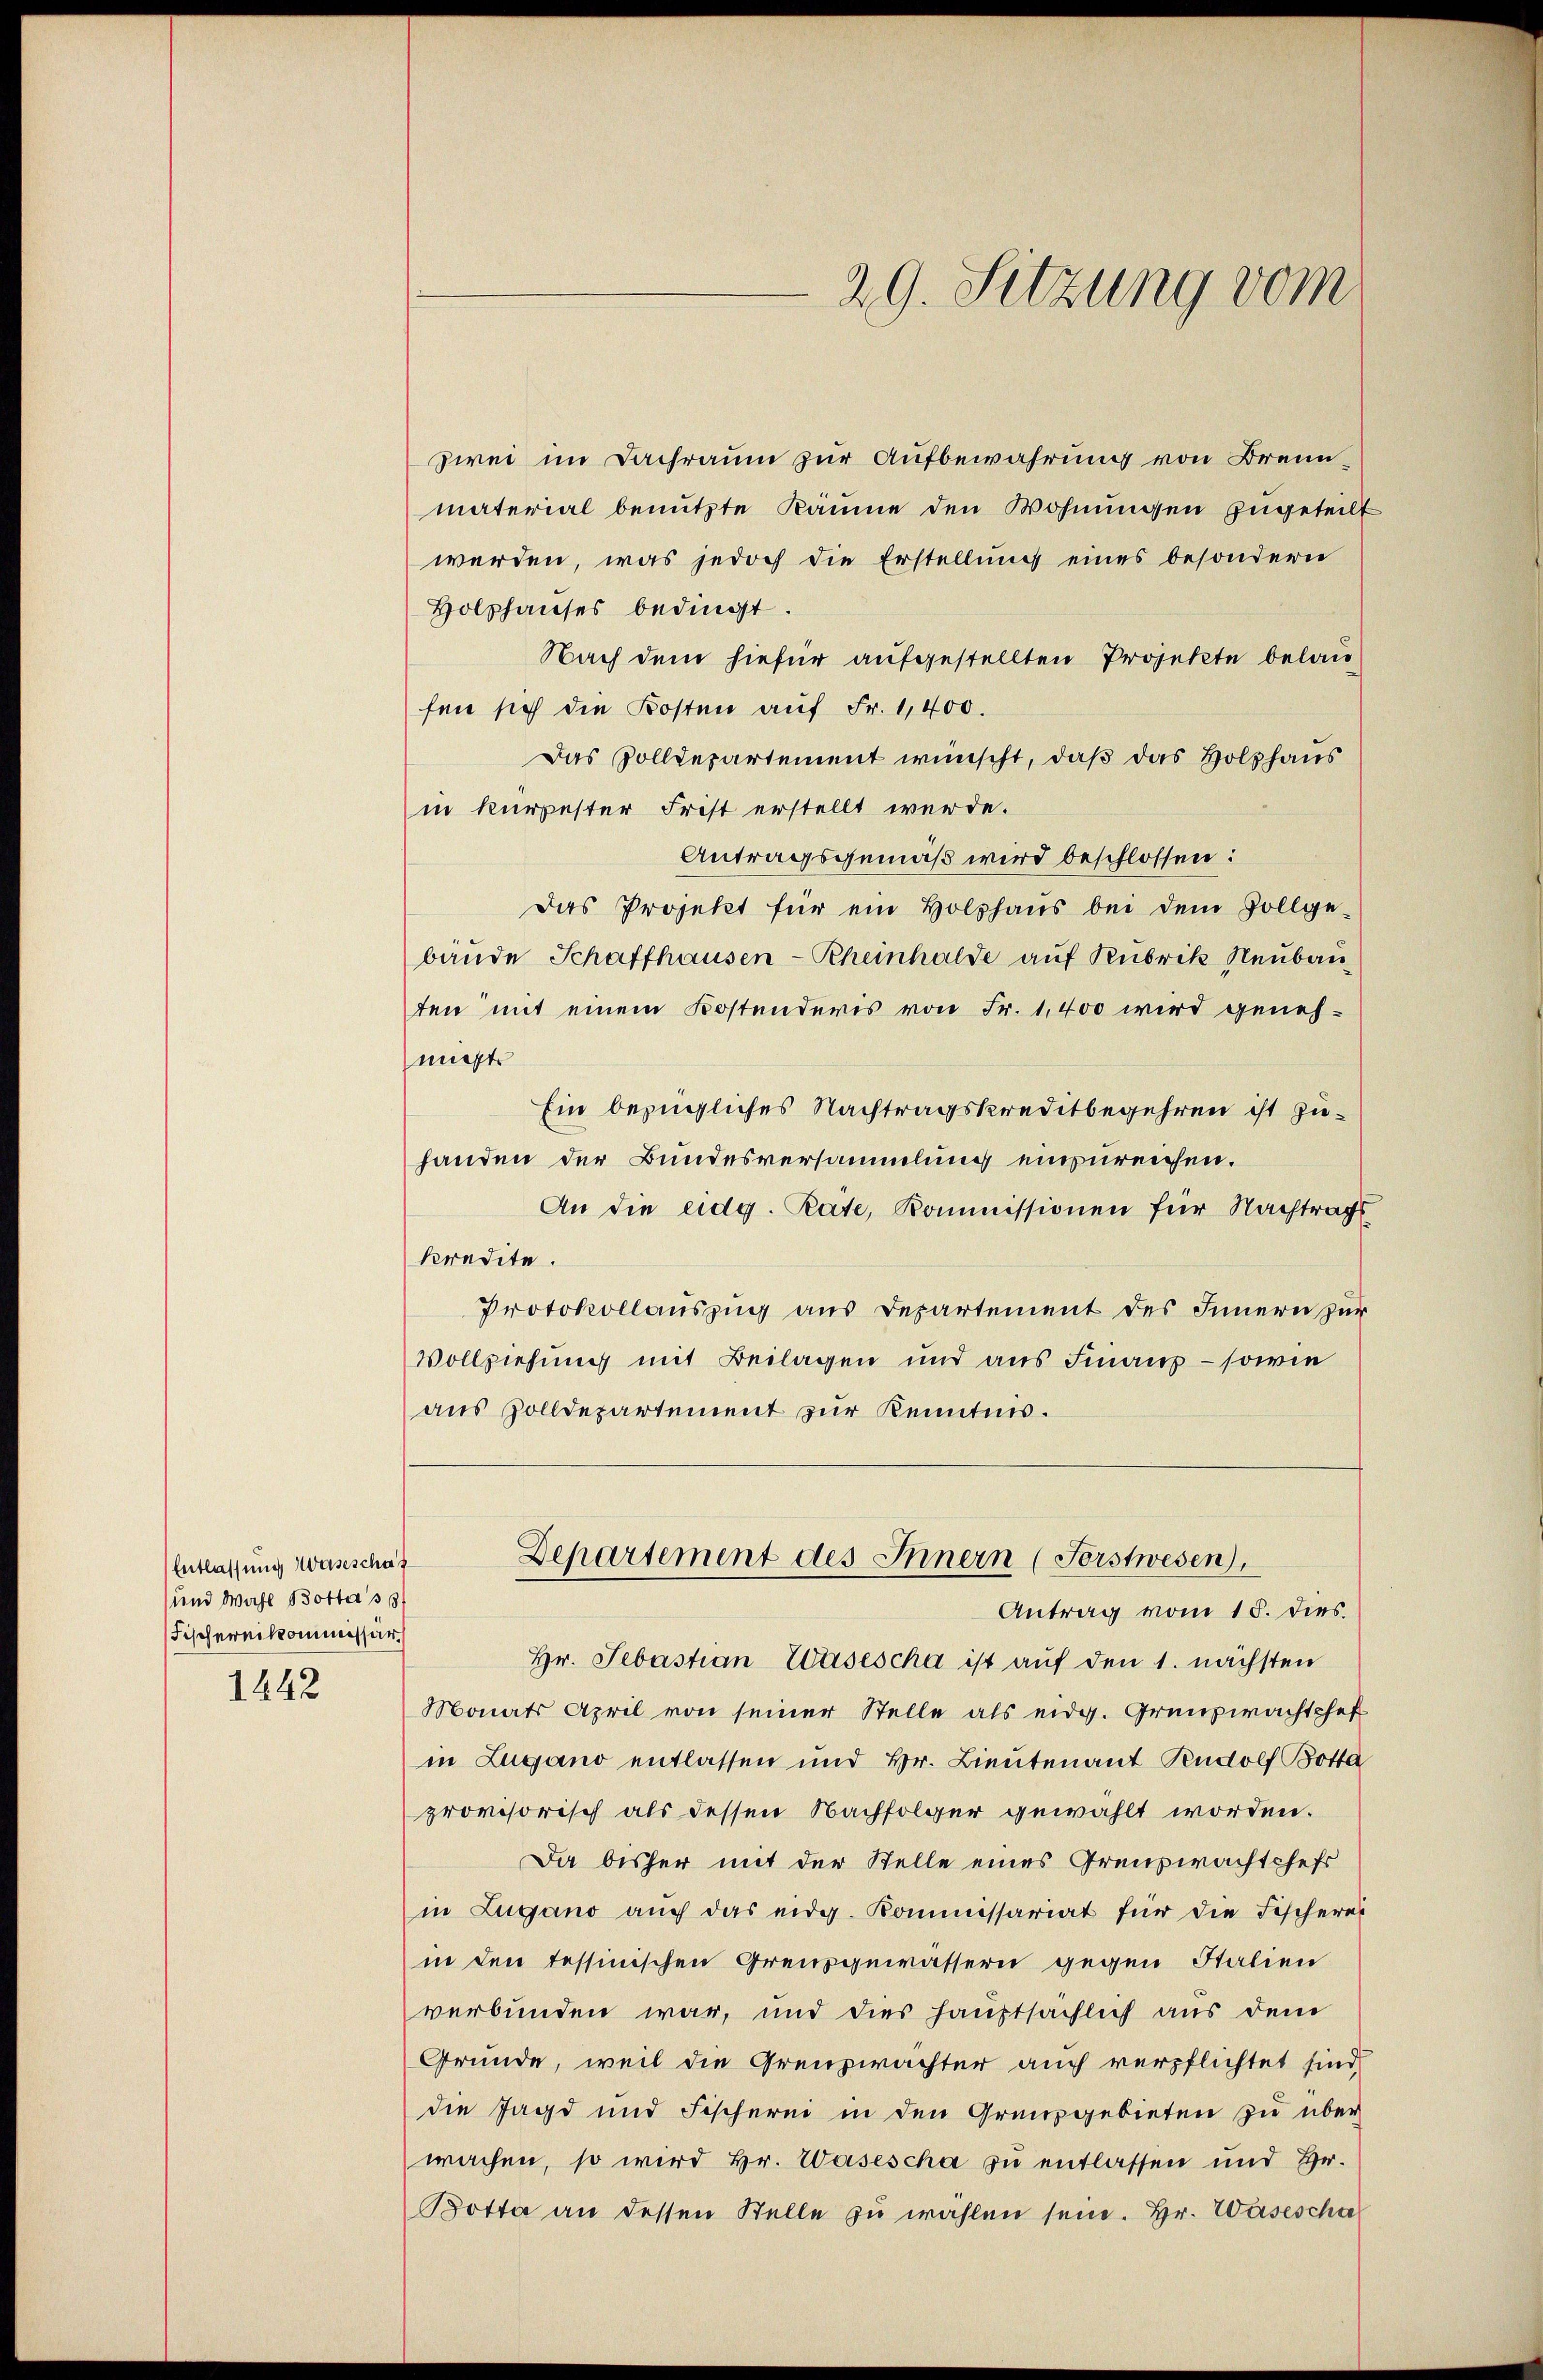
Entlassung Waseschaf
und Wahl Bottasst
Fischereikommissär
1442

29. Sitzung vom

zwei im Dachraum zur Aufbewahrung von Brennmaterial benutzte Räume den Wohnungen zugeteilt
werden, was jedoch die Erstellung eines besondern
Holzhauses bedingt.
Nach dem hiefür aufgestellten Projekte belaufen sich die Kosten auf Fr. 1,400.
Das Solldepartement wünscht, daß das Holzhaus
in kurzester Frist erstellt werde.
Antragsgemäß wird beschlossen:
Das Projekt für ein Holzhaus bei dem Vollge
bande Schaffhausen-Rheinhalde aŭf Rubrik Neubau
ten mit einem Kostenderis von Fr. 1,400 wird genehmigt.
Ein bezügliches Nachtragskreditbegehren ist zuhanden der Bundesversammlung einzureichen.
An die eidg. Reite, Kommissionen für Nachtrags
kredite.
Protokollauszug aus Departement des Innern zur
Vollziehung mit Beilagen und aus Finanz – sowie
aus Zolldepartement zur Kenntnis.

Antrag vom 15. dies.
Hr. Sebastian Wasescha ist auf den 1. nächsten
Monats April von seiner Stelle als eidg. Grenzwachtshof
in Zugano entlassen und Hr. Lieutenant Rudolf Botta
provisorisch als dessen Nachfolger gewählt worden.
Da bisher mit der Stelle eines Grauswachtchefs
in Zugano auch das eidg. Kommissariat für die Fischerei
in den Tessinischen Greuzgewässern gegen Stalien
verbunden war, und dies hauptsächlich aus dem
Gründe, weil die Grenzwachter auch verpflichtet sind,
die Jagd und Fischerei in den Grenzgebieten zu über
wachen, so wird Hr. Wasescha zu entlassen und Hr.
Kotta an dessen Stelle zŭ wählen sein. Hr. Wasescha

Departement des Innern (Forstwesen),